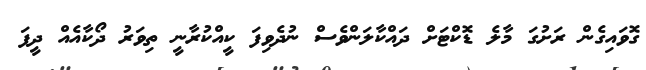
ގޮވައިގެން ރަށުގަ މާލެ ޑޮކްޓަށް ދައްކާލަންވެސް ނުދެވިފަ ކީއްކުރާނީ ތިވަރު ދޯކާއެއް ދީފަ